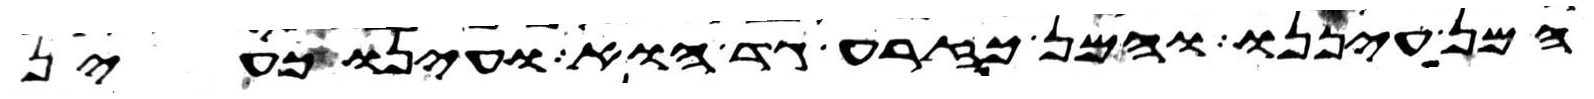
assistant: המן עיננו והמן כזרע גד הוא ועינו כעין